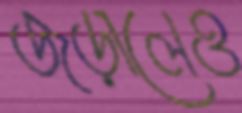
জড়ালেও